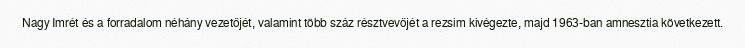
Nagy Imrét és a forradalom néhány vezetőjét, valamint több száz résztvevőjét a rezsim kivégezte, majd 1963-ban amnesztia következett.